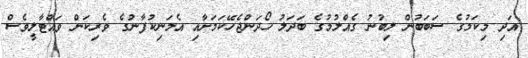
އަދި މިކަމުގެ ސަބަބުން ލިބުނު ގެއްލުމުގެ ބަދަލު ހޯދަންޖެހޭކަމަށާއި އެމަނިކުފާނުގެ ވެރިކަން ވައްޓާލީވެސް